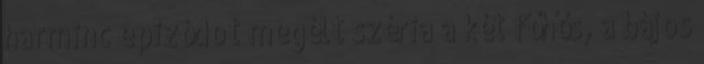
harminc epizódot megélt széria a két főhős, a bájos